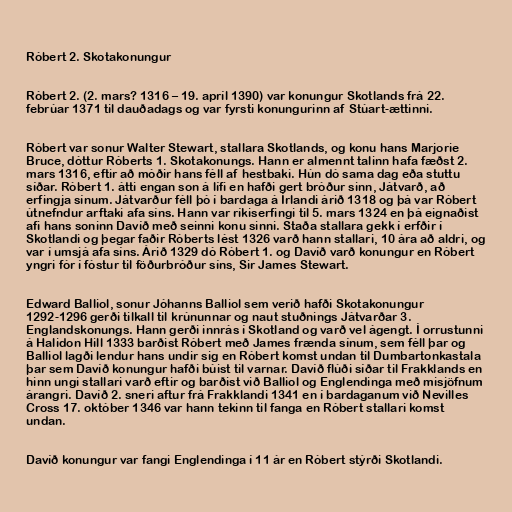
Róbert 2. Skotakonungur

Róbert 2. (2. mars? 1316 – 19. apríl 1390) var konungur Skotlands frá 22.
febrúar 1371 til dauðadags og var fyrsti konungurinn af Stúart-ættinni.

Róbert var sonur Walter Stewart, stallara Skotlands, og konu hans Marjorie
Bruce, dóttur Róberts 1. Skotakonungs. Hann er almennt talinn hafa fæðst 2.
mars 1316, eftir að móðir hans féll af hestbaki. Hún dó sama dag eða stuttu
síðar. Róbert 1. átti engan son á lífi en hafði gert bróður sinn, Játvarð, að
erfingja sínum. Játvarður féll þó í bardaga á Írlandi árið 1318 og þá var Róbert
útnefndur arftaki afa síns. Hann var ríkiserfingi til 5. mars 1324 en þá eignaðist
afi hans soninn Davíð með seinni konu sinni. Staða stallara gekk í erfðir í
Skotlandi og þegar faðir Róberts lést 1326 varð hann stallari, 10 ára að aldri, og
var í umsjá afa síns. Árið 1329 dó Róbert 1. og Davíð varð konungur en Róbert
yngri fór í fóstur til föðurbróður síns, Sir James Stewart.

Edward Balliol, sonur Jóhanns Balliol sem verið hafði Skotakonungur
1292-1296 gerði tilkall til krúnunnar og naut stuðnings Játvarðar 3.
Englandskonungs. Hann gerði innrás í Skotland og varð vel ágengt. Í orrustunni
á Halidon Hill 1333 barðist Róbert með James frænda sínum, sem féll þar og
Balliol lagði lendur hans undir sig en Róbert komst undan til Dumbartonkastala
þar sem Davíð konungur hafði búist til varnar. Davíð flúði síðar til Frakklands en
hinn ungi stallari varð eftir og barðist við Balliol og Englendinga með misjöfnum
árangri. Davíð 2. sneri aftur frá Frakklandi 1341 en í bardaganum við Nevilles
Cross 17. október 1346 var hann tekinn til fanga en Róbert stallari komst
undan.

Davíð konungur var fangi Englendinga í 11 ár en Róbert stýrði Skotlandi.